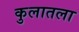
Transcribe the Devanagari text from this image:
कुलातला